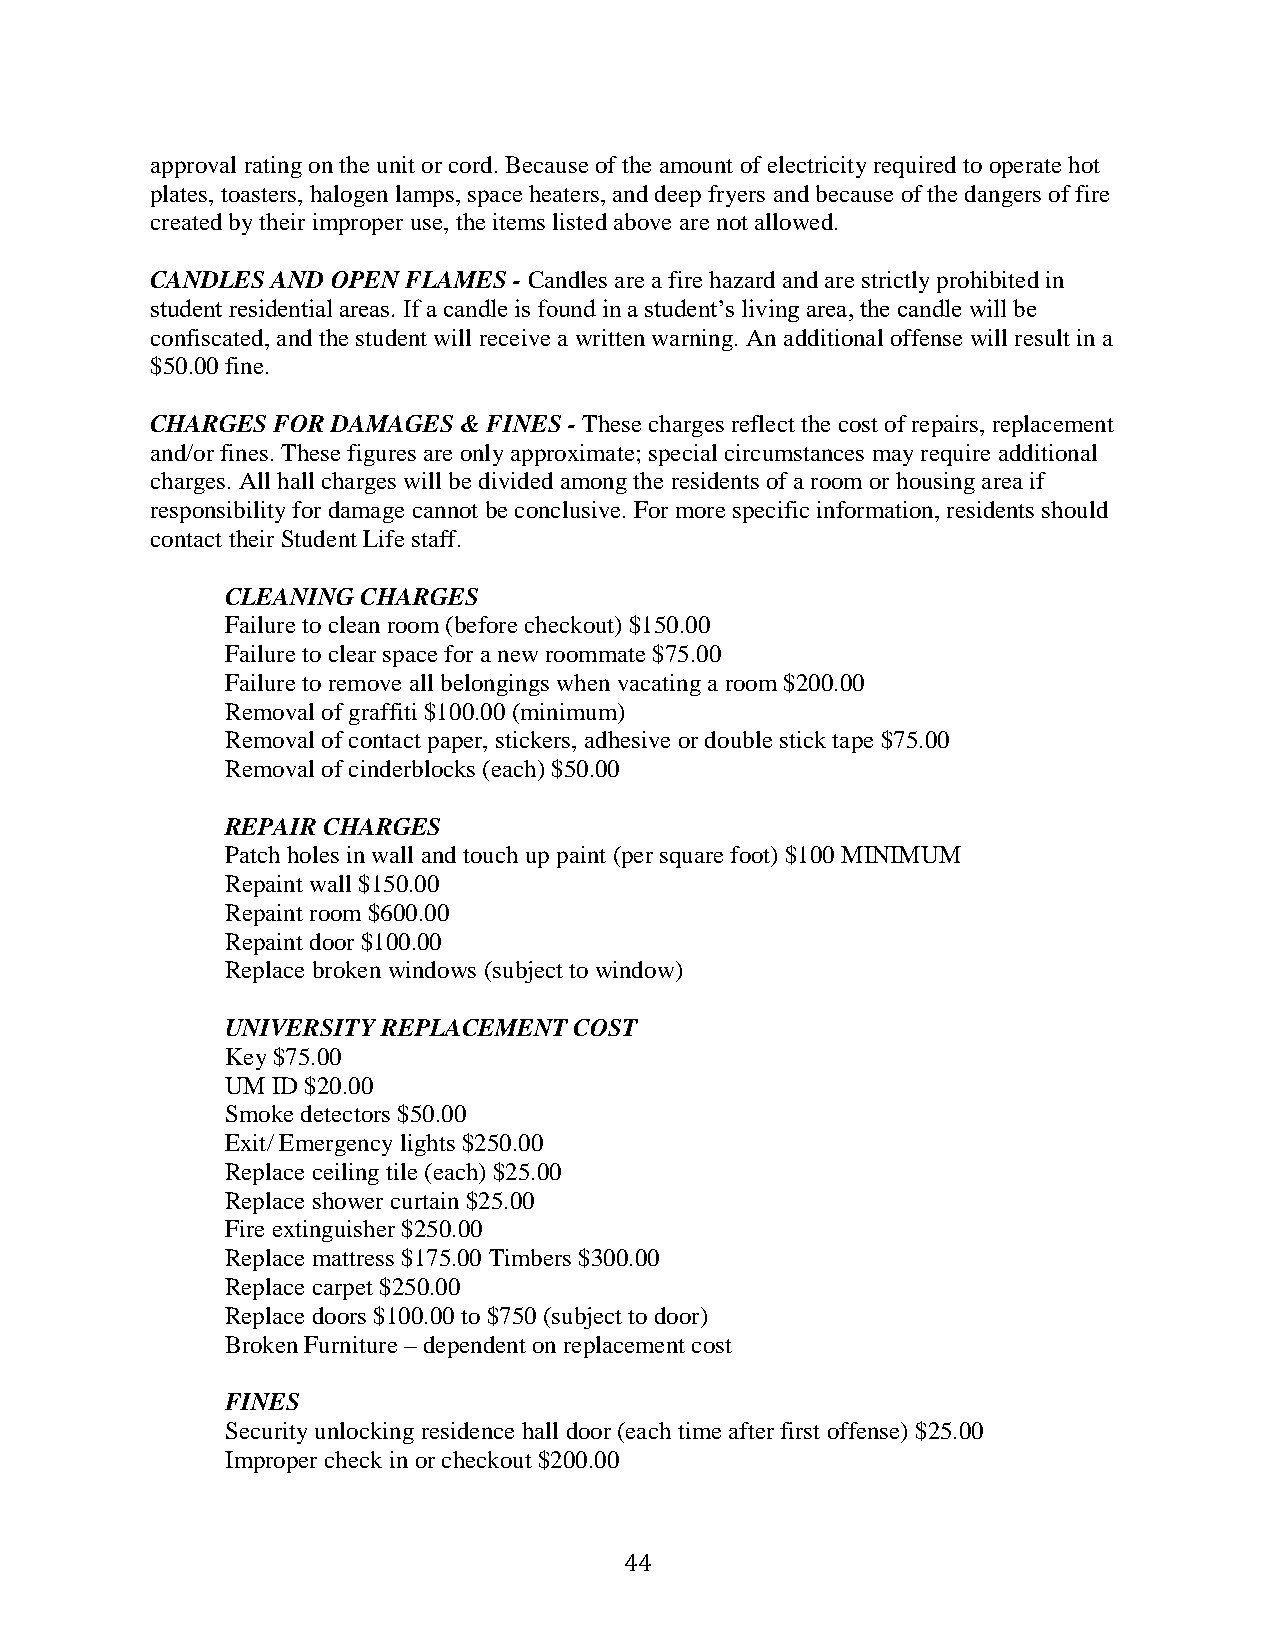
approval rating on the unit or cord. Because of the amount of electricity required to operate hot
 plates, toasters, halogen lamps, space heaters, and deep fryers and because of the dangers of fire
 created by their improper use, the items listed above are not allowed.
 CANDLES AND OPEN FLAMES - Candles are a fire hazard and are strictly prohibited in
 student residential areas. If a candle is found in a student’s living area, the candle will be
 confiscated, and the student will receive a written warning. An additional offense will result in a
 $50.00 fine.
 CHARGES FOR DAMAGES & FINES - These charges reflect the cost of repairs, replacement
 and/or fines. These figures are only approximate; special circumstances may require additional
 charges. All hall charges will be divided among the residents of a room or housing area if
 responsibility for damage cannot be conclusive. For more specific information, residents should
 contact their Student Life staff.
 CLEANING CHARGES
 Failure to clean room (before checkout) $150.00
 Failure to clear space for a new roommate $75.00
 Failure to remove all belongings when vacating a room $200.00
 Removal of graffiti $100.00 (minimum)
 Removal of contact paper, stickers, adhesive or double stick tape $75.00
 Removal of cinderblocks (each) $50.00
 REPAIR CHARGES
 Patch holes in wall and touch up paint (per square foot) $100 MINIMUM
 Repaint wall $150.00
 Repaint room $600.00
 Repaint door $100.00
 Replace broken windows (subject to window)
 UNIVERSITY REPLACEMENT COST
 Key $75.00
 UM ID $20.00
 Smoke detectors $50.00
 Exit/ Emergency lights $250.00
 Replace ceiling tile (each) $25.00
 Replace shower curtain $25.00
 Fire extinguisher $250.00
 Replace mattress $175.00 Timbers $300.00
 Replace carpet $250.00
 Replace doors $100.00 to $750 (subject to door)
 Broken Furniture – dependent on replacement cost
 FINES
 Security unlocking residence hall door (each time after first offense) $25.00
 Improper check in or checkout $200.00
 44